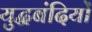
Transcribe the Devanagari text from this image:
युद्घबंदियों